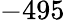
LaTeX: -495